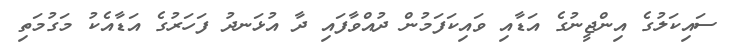
ސައިކަލުގެ އިންޖީނުގެ އަޑާއި ވައިކަފަމުން ދުއްވާފައި ދާ އުޅަނދު ފަހަރުގެ އަޑާއެކު މަގުމަތި